Vaccination in Burma 1912-1922 - 1912-1922
Year: 1912
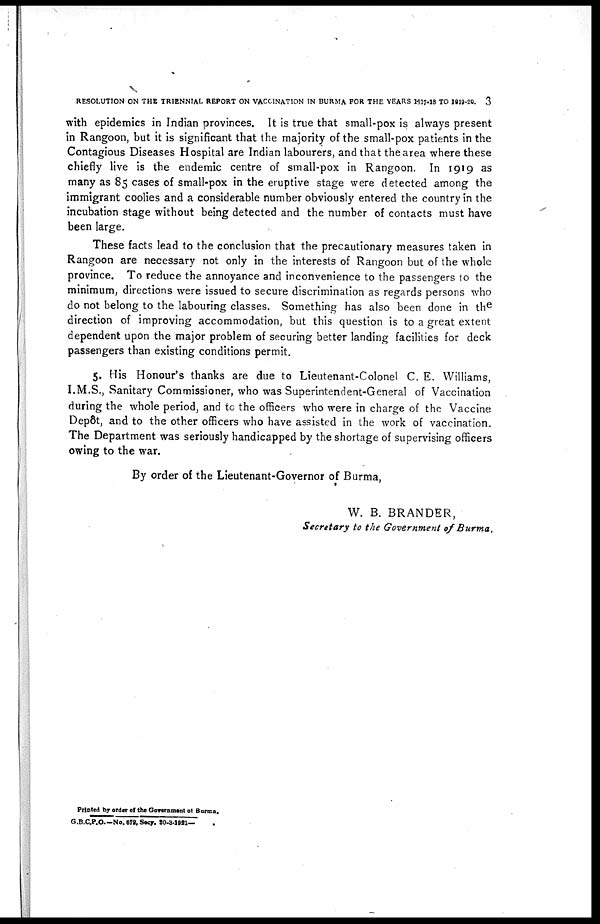
RESOLUTION ON THE TRIENNIAL REPORT ON VACCINATION IN BURMA FOR THE YEARS 1917-18 TO 1919-20.
3
with epidemics in Indian provinces. It is true that small-pox is always present
in Rangoon, but it is significant that the majority of the small-pox patients in the
Contagious Diseases Hospital are Indian labourers, and that the area where these
chiefly live is the endemic centre of small-pox in Rangoon. In 1919 as
many as 85 cases of small-pox in the eruptive stage were detected among the
immigrant coolies and a considerable number obviously entered the country in the
incubation stage without being detected and the number of contacts must have
been large.
These facts lead to the conclusion that the precautionary measures taken in
Rangoon are necessary not only in the interests of Rangoon but of the whole
province. To reduce the annoyance and inconvenience to the passengers to the
minimum, directions were issued to secure discrimination as regards persons who
do not belong to the labouring classes. Something has also been done in the
direction of improving accommodation, but this question is to a great extent
dependent upon the major problem of securing better landing facilities for deck
passengers than existing conditions permit.
5. His Honour's thanks are due to Lieutenant-Colonel C. E. Williams,
I.M.S., Sanitary Commissioner, who was Superintendent-General of Vaccination
during the whole period, and to the officers who were in charge of the Vaccine
Depôt, and to the other officers who have assisted in the work of vaccination.
The Department was seriously handicapped by the shortage of supervising officers
owing to the war.
By order of the Lieutenant-Governor of Burma,
W. B. BRANDER,
Secretary to the Government of Burma.
Printed by order of the Government of Burma.
G.B.C.P.O.-No.679, Secy. 30-3-1921—